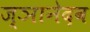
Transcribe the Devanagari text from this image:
ज्ञानेदव